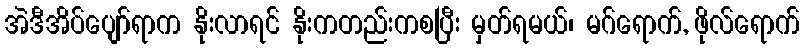
အဲဒီအိပ်ပျော်ရာက နိုးလာရင် နိုးကတည်းကစပြီး မှတ်ရမယ်၊ မဂ်ရောက်, ဖိုလ်ရောက်